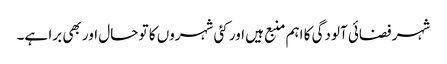
شہر فضائی آلودگی کا اہم منبع ہیں اور کئی شہروں کا تو حال اور بھی برا ہے۔